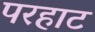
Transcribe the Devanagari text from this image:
परहाट